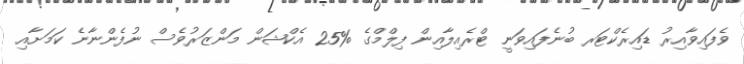
ވެފައިވާއިރު ޑައިރެކްޓަރ ބުނެފައިވަނީ ޓްރެއިލާއިން ފިލްމްގެ %25 އެކްޝަން މަންޒަރުވެސް ނުފެންނާނެ ކަމަށާއި